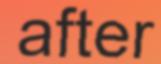
after